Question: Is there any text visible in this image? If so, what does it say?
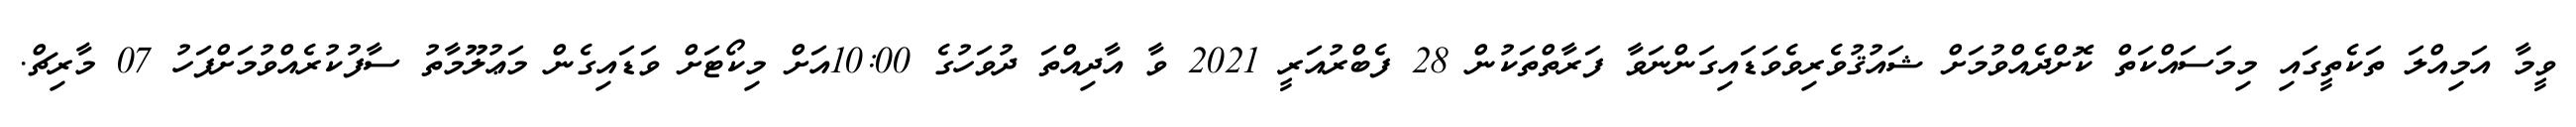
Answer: ވީމާ އަމިއްލަ ތަކެތީގައި މިމަސައްކަތް ކޮށްދެއްވުމަށް ޝައުޤުވެރިވެވަޑައިގަންނަވާ ފަރާތްތަކުން 28 ފެބްރުއަރީ 2021 ވާ އާދިއްތަ ދުވަހުގެ 10:00އަށް މިކޯޓަށް ވަޑައިގެން މަޢުލޫމާތު ސާފުކުރެއްވުމަށްފަހު 07 މާރިޗް.